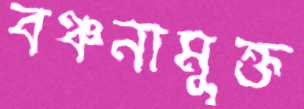
বঞ্চনামুক্ত